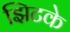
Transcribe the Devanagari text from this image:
झिटके